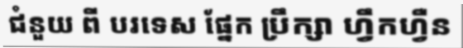
ជំនួយ ពី បរទេស ផ្នែក ប្រឹក្សា ហ្វឹកហ្វឺន